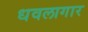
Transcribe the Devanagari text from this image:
धवलागार